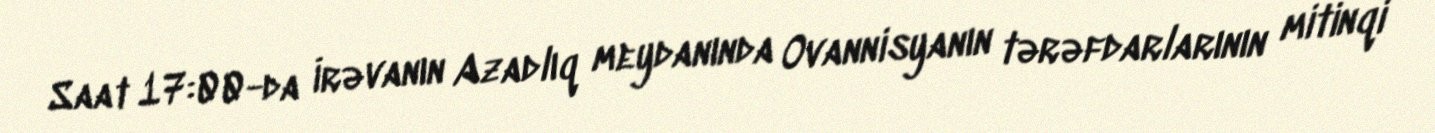
Saat 17:00-da İrəvanın Azadlıq meydanında Ovannisyanın tərəfdarlarının mitinqi